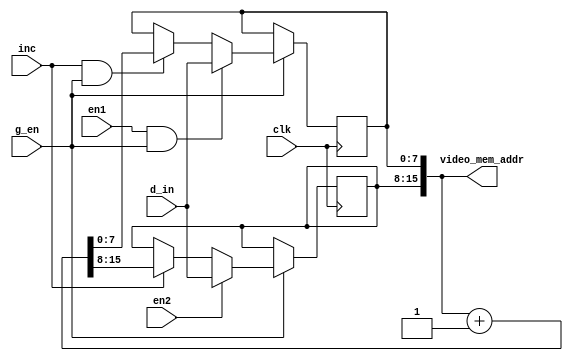
module video_mem_wr_addr_gen(input clk,input [7:0] d_in,input g_en,input en1,
                             input en2,input inc,output reg [15:0] video_mem_addr);

   wire [15:0]                     video_mem_addr_plus_one = video_mem_addr + 16'b1;

   always @(posedge clk)
     if (g_en)
       if (en1 && g_en)
         video_mem_addr[7:0] <= d_in;
       else if (inc && g_en)
         video_mem_addr[7:0] <= video_mem_addr_plus_one[7:0];

   always @(posedge clk)
     if (g_en)
       if (en2)
         video_mem_addr[15:8] <= d_in;
       else if (inc)
         video_mem_addr[15:8] <= video_mem_addr_plus_one[15:8];
endmodule